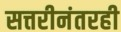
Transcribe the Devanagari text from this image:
सत्तरीनंतरही